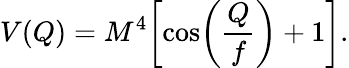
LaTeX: V(Q)=M^{4}\biggl[\cos\biggl(\frac{Q}{f}\biggr)+1\biggr].